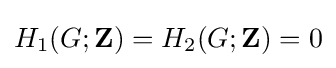
H_{1}(G;\mathbf {Z} )=H_{2}(G;\mathbf {Z} )=0